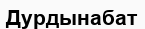
Дурдынабат